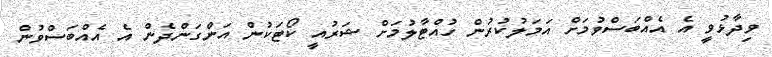
ވިދާޅުވީ އެ އެއްބަސްވުމަށް އަމަލުކުރުން ހުއްޓާލުމަށް ޝަރުއީ ކޯޓަކުން އަންގަންދެން އެ އެއްބަސްވުން